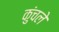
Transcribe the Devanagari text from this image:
कुंचले